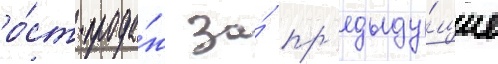
ро́ст прода́ж за́ пр'едыду́щие